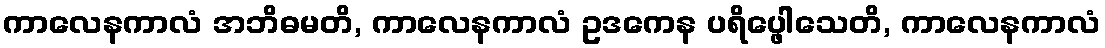
ကာလေနကာလံ အဘိဓမတိ, ကာလေနကာလံ ဥဒကေန ပရိပ္ဖေါသေတိ, ကာလေနကာလံ